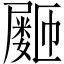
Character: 𪨞